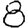
Digit: 8